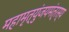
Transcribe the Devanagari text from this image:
महामृत्युंजयमंत्रस्य